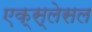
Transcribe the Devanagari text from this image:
एक्स्लेसल